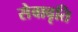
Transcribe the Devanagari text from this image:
सेवावृति